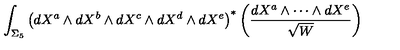
\int _ { \Sigma _ { 5 } } \left( d X ^ { a } \wedge { d } X ^ { b } \wedge { d } X ^ { c } \wedge { d } X ^ { d } \wedge { d } X ^ { e } \right) ^ { \ast } \left( \frac { d X ^ { a } \wedge \cdots \wedge { d } X ^ { e } } { \sqrt { W } } \right)